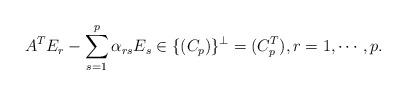
LaTeX: \begin{align*}A^T E_r - \sum_{s=1}^p \alpha_{rs} E_s \in \{(C_p)\}^\bot = (C_p^T), r=1, \cdots, p.\end{align*}